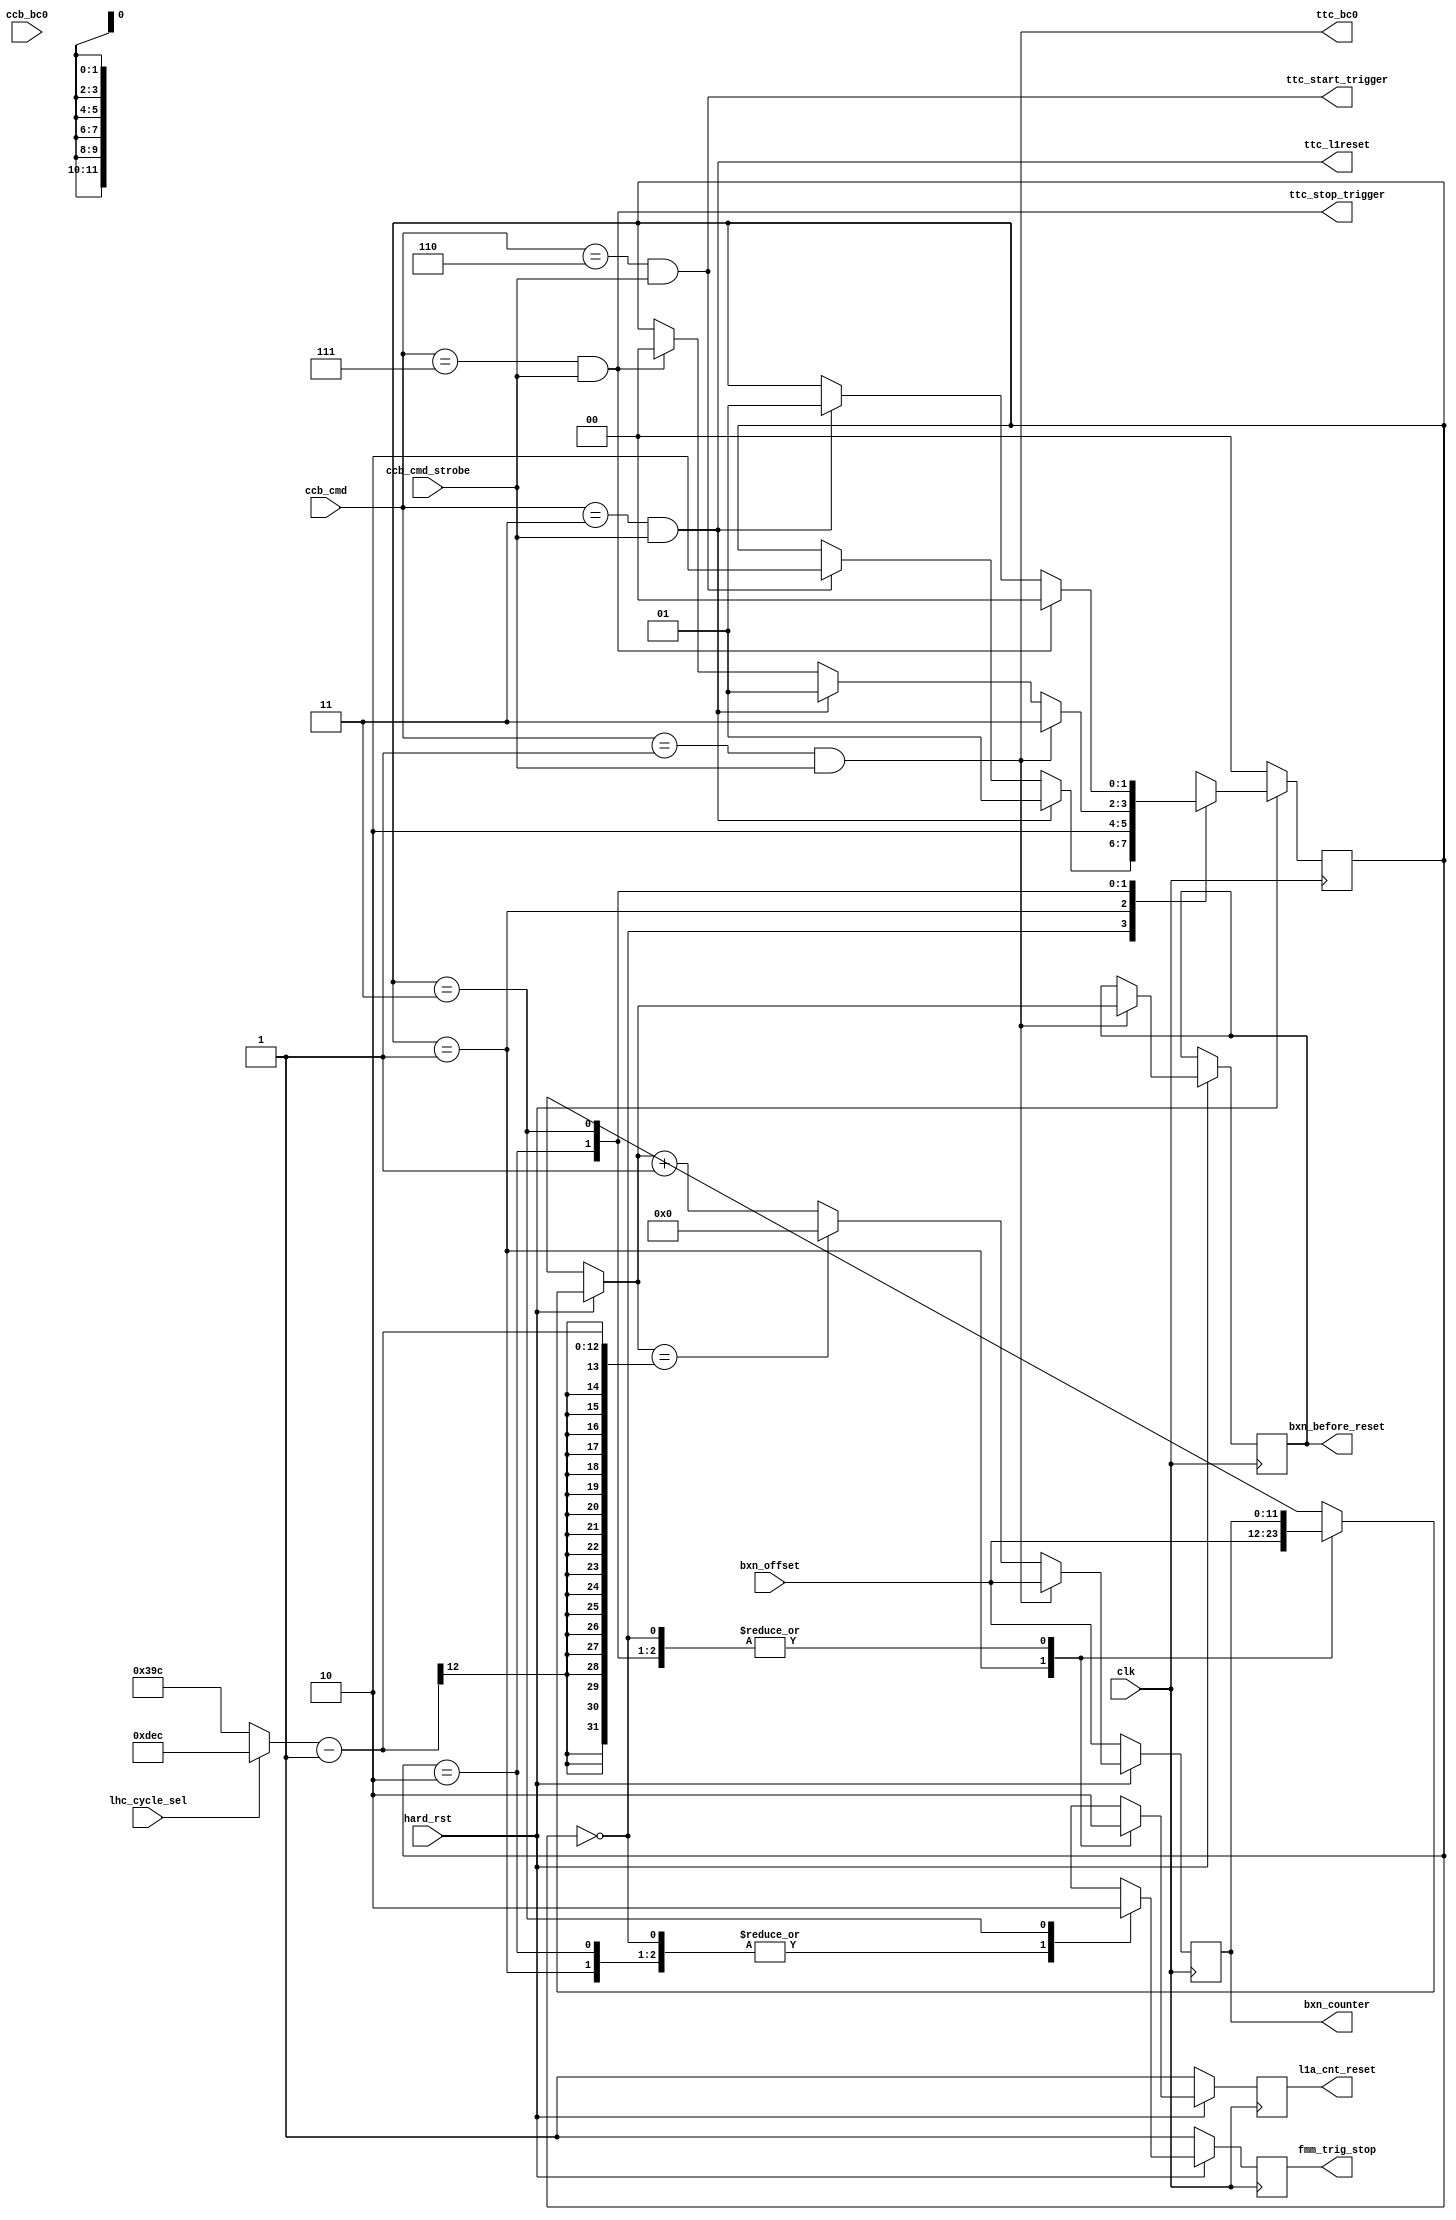
// This  Verilog HDL  source  file was  automatically generated
// by C++ model based on VPP library. Modification of this file
// is possible, but if you want to keep it in sync with the C++
// model,  please  modify  the model and re-generate this file.
// VPP library web-page: http://www.phys.ufl.edu/~madorsky/vpp/

// Timestamp : Mon Aug  6 09:13:23 2012

module synchro
(
    hard_rst,
    ccb_cmd,
    ccb_cmd_strobe,
    ccb_bc0,
    bxn_offset,
    lhc_cycle_sel,
    bxn_counter,
    l1a_cnt_reset,
    fmm_trig_stop,
    ttc_l1reset,
    ttc_bc0,
    ttc_start_trigger,
    ttc_stop_trigger,
    bxn_before_reset,
    clk
);

    input hard_rst;
    input [5:0] ccb_cmd;
    input ccb_cmd_strobe;
    input ccb_bc0;
    input [11:0] bxn_offset;
    input lhc_cycle_sel;
    output [11:0] bxn_counter;
    reg    [11:0] bxn_counter;
    output l1a_cnt_reset;
    reg    l1a_cnt_reset;
    output fmm_trig_stop;
    reg    fmm_trig_stop;
    output ttc_l1reset;
    output ttc_bc0;
    output ttc_start_trigger;
    output ttc_stop_trigger;
    output [11:0] bxn_before_reset;
    reg    [11:0] bxn_before_reset;
    input clk;

    wire [11:0] lhc_cycle;
    reg [1:0] fmm_sm;
    assign lhc_cycle = (lhc_cycle_sel) ? 3564 : 924;
    assign ttc_l1reset = (ccb_cmd == 3) && ccb_cmd_strobe;
    assign ttc_bc0 = (ccb_cmd == 1) && ccb_cmd_strobe;
    assign ttc_start_trigger = (ccb_cmd == 6) && ccb_cmd_strobe;
    assign ttc_stop_trigger = (ccb_cmd == 7) && ccb_cmd_strobe;
    always @(posedge clk) 
    begin
        fmm_trig_stop = 0;
        l1a_cnt_reset = 0;
        if (!hard_rst) 
        begin
            fmm_sm = 0;
            fmm_trig_stop = 1;
            l1a_cnt_reset = 1;
            bxn_counter = bxn_offset;
        end
        else 
        begin
            case (fmm_sm)
                0 : 
                begin
                    fmm_trig_stop = 1;
                    if (ttc_l1reset) fmm_sm = 1;
                    else if (ttc_start_trigger) fmm_sm = 2;
                end
                1 : 
                begin
                    fmm_trig_stop = 1;
                    l1a_cnt_reset = 1;
                    bxn_counter = bxn_offset;
                    fmm_sm = 2;
                end
                2 : 
                begin
                    fmm_trig_stop = 1;
                    if (ttc_bc0) fmm_sm = 3;
                    else if (ttc_l1reset) fmm_sm = 1;
                    else if (ttc_stop_trigger) fmm_sm = 0;
                end
                3 : 
                begin
                    if (ttc_stop_trigger) fmm_sm = 0;
                    else if (ttc_l1reset) fmm_sm = 1;
                end
                default : fmm_sm = 0;
            endcase
            if (ttc_bc0) 
            begin
                bxn_before_reset = bxn_counter;
                bxn_counter = bxn_offset;
            end
            else if (bxn_counter == (lhc_cycle - 1)) bxn_counter = 0;
            else bxn_counter = bxn_counter + 1;
        end
    end
endmodule